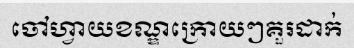
ចៅហ្វាយខណ្ឌក្រោយៗគួរដាក់